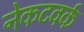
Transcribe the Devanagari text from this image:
नेकटवर्क